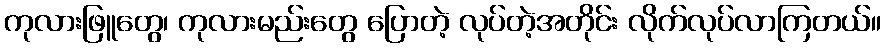
ကုလားဖြူတွေ၊ ကုလားမည်းတွေ ပြောတဲ့ လုပ်တဲ့အတိုင်း လိုက်လုပ်လာကြတယ်။